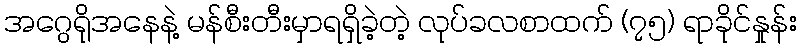
အဂွေရိုအနေနဲ့ မန်စီးတီးမှာရရှိခဲ့တဲ့ လုပ်ခလစာထက် (၇၅) ရာခိုင်နှုန်း